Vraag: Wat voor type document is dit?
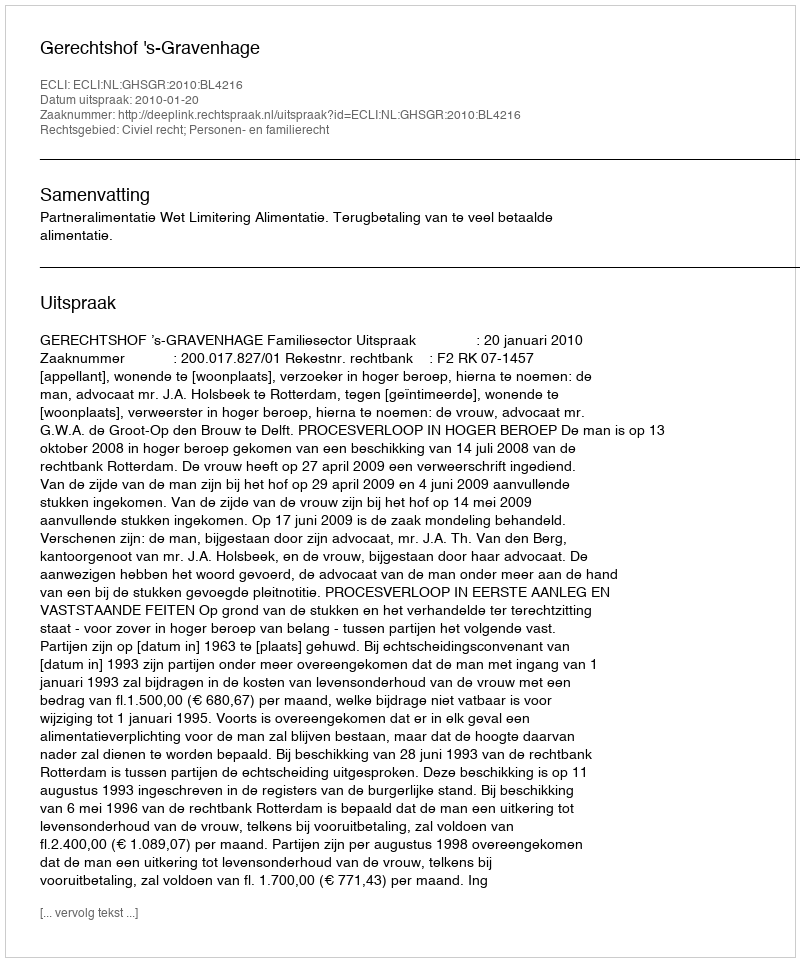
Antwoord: Uitspraak